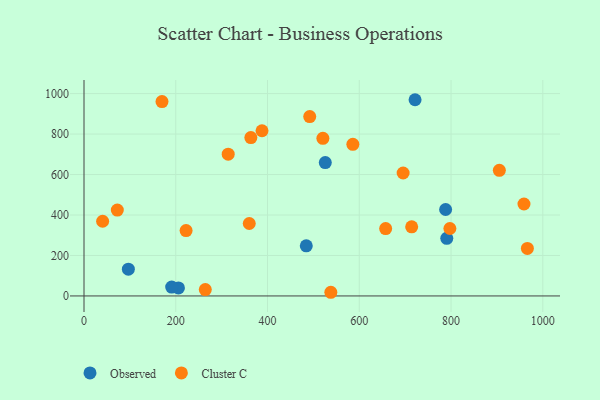
{"axis": {"x": "Distance", "y": "Fuel Efficiency"}, "legend": ["Cluster C", "Observed"], "data": [{"x": "96.7", "y": 132.5, "type": "Observed"}, {"x": "721.6", "y": 969.7, "type": "Observed"}, {"x": "788.2", "y": 427.1, "type": "Observed"}, {"x": "484.5", "y": 247.5, "type": "Observed"}, {"x": "205.9", "y": 39.4, "type": "Observed"}, {"x": "191.1", "y": 44.0, "type": "Observed"}, {"x": "790.7", "y": 284.8, "type": "Observed"}, {"x": "525.9", "y": 659.0, "type": "Observed"}, {"x": "657.5", "y": 332.7, "type": "Cluster C"}, {"x": "492.0", "y": 886.6, "type": "Cluster C"}, {"x": "966.4", "y": 234.8, "type": "Cluster C"}, {"x": "363.7", "y": 782.6, "type": "Cluster C"}, {"x": "959.0", "y": 454.3, "type": "Cluster C"}, {"x": "314.3", "y": 700.6, "type": "Cluster C"}, {"x": "538.0", "y": 18.1, "type": "Cluster C"}, {"x": "714.2", "y": 341.4, "type": "Cluster C"}, {"x": "360.2", "y": 358.0, "type": "Cluster C"}, {"x": "520.7", "y": 778.7, "type": "Cluster C"}, {"x": "905.3", "y": 620.8, "type": "Cluster C"}, {"x": "264.4", "y": 31.3, "type": "Cluster C"}, {"x": "797.5", "y": 333.3, "type": "Cluster C"}, {"x": "170.0", "y": 960.4, "type": "Cluster C"}, {"x": "40.6", "y": 369.0, "type": "Cluster C"}, {"x": "586.0", "y": 749.3, "type": "Cluster C"}, {"x": "695.6", "y": 607.6, "type": "Cluster C"}, {"x": "222.5", "y": 323.0, "type": "Cluster C"}, {"x": "388.0", "y": 816.3, "type": "Cluster C"}, {"x": "72.6", "y": 424.4, "type": "Cluster C"}]}